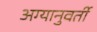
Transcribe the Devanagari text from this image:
अग्यानुवर्ती